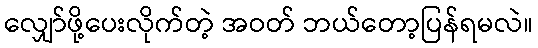
လျှော်ဖို့ပေးလိုက်တဲ့ အဝတ် ဘယ်တော့ပြန်ရမလဲ။